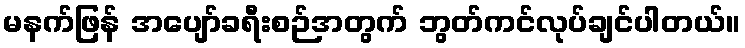
မနက်ဖြန် အပျော်ခရီးစဉ်အတွက် ဘွတ်ကင်လုပ်ချင်ပါတယ်။